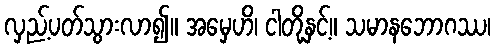
လှည့်ပတ်သွားလာ၍။ အမှေဟိ၊ ငါတို့နှင့်။ သမာနဘောဂဿ၊